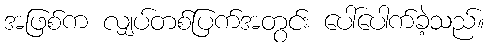
အဖြစ်က လျှပ်တစ်ပြက်အတွင်း ပေါ်ပေါက်ခဲ့သည်။